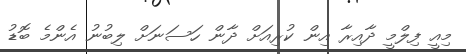
މިއީ ފިލްމީ ދާއިރާ އިން ކުރިއަށް ދާން ހަސަނަށް ލިބުނު އެންމެ ބޮޑު